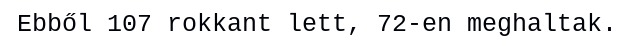
Ebből 107 rokkant lett, 72-en meghaltak.